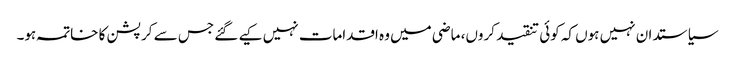
سیاستدان نہیں ہوں کہ کوئی تنقید کروں، ماضی میں وہ اقدامات نہیں کیے گئے جس سے کرپشن کا خاتمہ ہو۔